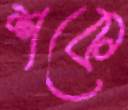
শকে